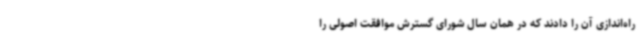
راه‌اندازی آن را دادند که در همان سال شورای گسترش موافقت اصولی را